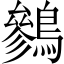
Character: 𪅩